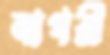
নাগরী